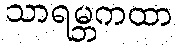
သာရမ္ဘကထာ